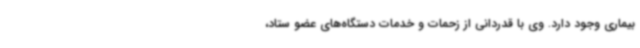
بیماری وجود دارد. وی با قدردانی از زحمات و خدمات دستگاه‌های عضو ستاد،